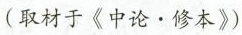
(取材于《中论·修本》)